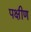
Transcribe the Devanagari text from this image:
पक्षीण